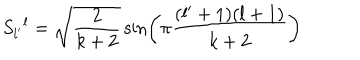
S _ { l ^ { \prime } } { } ^ { l } = \sqrt { { \frac { 2 } { k + 2 } } } \sin \left( \pi { \frac { ( l ^ { \prime } + 1 ) ( l + 1 ) } { k + 2 } } \right)